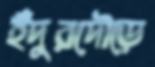
ইঁদুরদৌড়ে